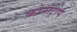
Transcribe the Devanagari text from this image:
क्रोनोट्रोप